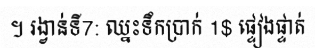
។ រង្វាន់ទី7: ឈ្នះទឹកប្រាក់ 1$ ផ្ទៀងផ្ទាត់